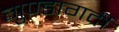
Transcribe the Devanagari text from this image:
गुण्डागर्दी